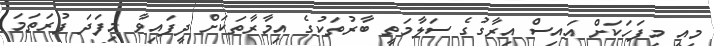
މިއީ މިފަހަކަށް އައިސް އިރާގުގެ ސަލާމަތީ ބާރުތަކުގެ އިމާރާތަކަށް ދީފައިވާ މިފަދަ ފުރަތަމަ